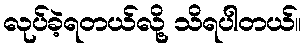
လုပ်ခဲ့ရတယ်လို့ သိရပါတယ်။